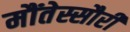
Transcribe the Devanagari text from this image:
मौंतेस्सौरी